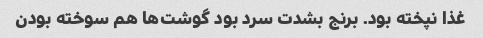
غذا نپخته بود. برنج بشدت سرد بود گوشت‌ها هم سوخته بودن